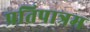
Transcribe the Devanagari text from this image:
प्रतिपात्रम